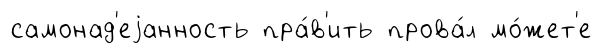
самонад'еjанность пра́в'ить прова́л мо́жет'е